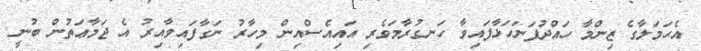
އެޙަމަލާގެ ޒިންމާ ހައްދުފަނަހަޅާފައިވާ ހަނގުރާމަވެރި އައިއެސްއިން މިހާރު ނަގާފައިވާއިރު އެ ޖަމާޢަތުން ބުނީ